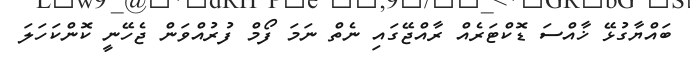
ބައްޔާގުޅޭ ޚާއްސަ ޑޮކްޓަރެއް ރާއްޖޭގައި ނެތް ނަމަ ފޯމް ފުރުއްވަން ޖެހޭނީ ކޮންކަހަލަ